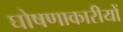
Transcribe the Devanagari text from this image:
घोषणाकारीयों